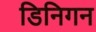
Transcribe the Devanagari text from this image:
डिनिगन